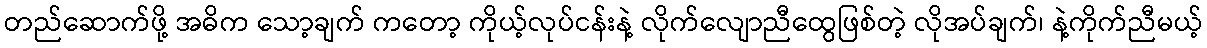
တည်ဆောက်ဖို့ အဓိက သော့ချက် ကတော့ ကိုယ့်လုပ်ငန်းနဲ့ လိုက်လျောညီထွေဖြစ်တဲ့ လိုအပ်ချက်၊ နဲ့ကိုက်ညီမယ့်